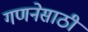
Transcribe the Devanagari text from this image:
गणनेसाठी